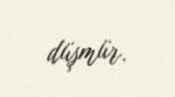
düşmür.